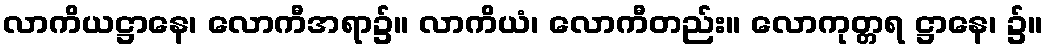
လာကိယဋ္ဌာနေ၊ လောကီအရာ၌။ လာကိယံ၊ လောကီတည်း။ လောကုတ္တရ ဋ္ဌာနေ၊ ၌။